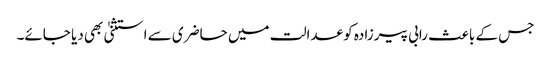
جس کے باعث رابی پیرزادہ کو عدالت میں حاضری سے استثنیٰ بھی دیا جائے۔